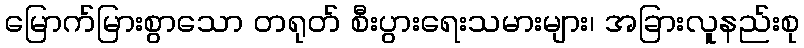
မြောက်မြားစွာသော တရုတ် စီးပွားရေးသမားများ၊ အခြားလူနည်းစု